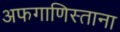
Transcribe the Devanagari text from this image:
अफगाणिस्ताना